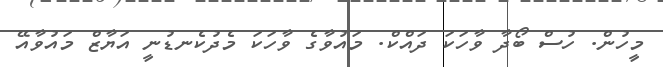
މީހުން. ހުސް ބޯދާ ވާހަކަ ދައްކް. މައުވާގެ ވާހަކަ މެދުކެނޑުނީ އަޔާޒް މައުވާއޭ